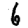
Digit: 6